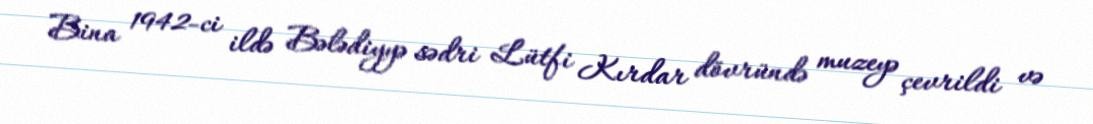
Bina 1942-ci ildə Bələdiyyə sədri Lütfi Kırdar dövründə muzeyə çevrildi və